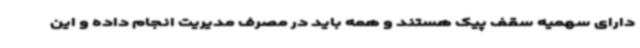
دارای سهمیه سقف پیک هستند و همه باید در مصرف مدیریت انجام داده و این